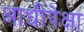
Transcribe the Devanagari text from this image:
आधीपेक्षा